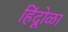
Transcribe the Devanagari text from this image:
हिंदूोळा